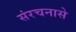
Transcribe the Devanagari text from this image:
संरचनासे